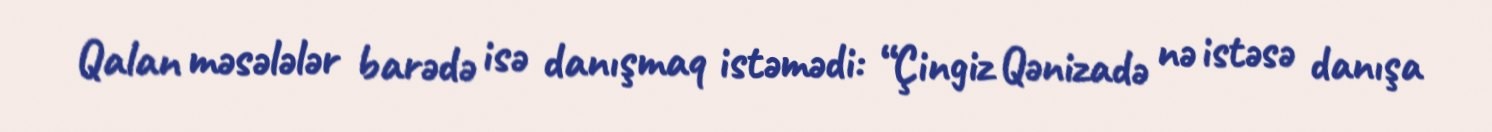
Qalan məsələlər barədə isə danışmaq istəmədi: “Çingiz Qənizadə nə istəsə danışa